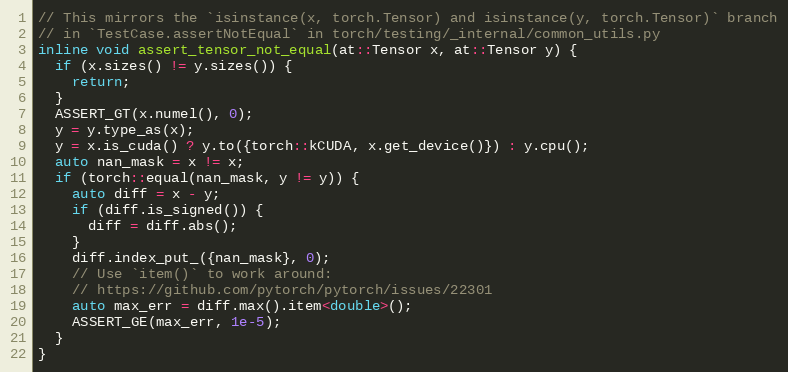
Language: C
// This mirrors the `isinstance(x, torch.Tensor) and isinstance(y, torch.Tensor)` branch
// in `TestCase.assertNotEqual` in torch/testing/_internal/common_utils.py
inline void assert_tensor_not_equal(at::Tensor x, at::Tensor y) {
  if (x.sizes() != y.sizes()) {
    return;
  }
  ASSERT_GT(x.numel(), 0);
  y = y.type_as(x);
  y = x.is_cuda() ? y.to({torch::kCUDA, x.get_device()}) : y.cpu();
  auto nan_mask = x != x;
  if (torch::equal(nan_mask, y != y)) {
    auto diff = x - y;
    if (diff.is_signed()) {
      diff = diff.abs();
    }
    diff.index_put_({nan_mask}, 0);
    // Use `item()` to work around:
    // https://github.com/pytorch/pytorch/issues/22301
    auto max_err = diff.max().item<double>();
    ASSERT_GE(max_err, 1e-5);
  }
}